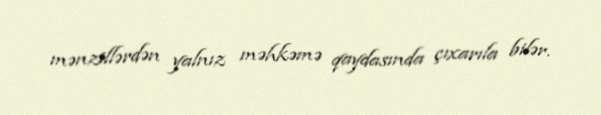
mənzillərdən yalnız məhkəmə qaydasında çıxarıla bilər.